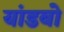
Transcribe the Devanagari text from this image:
यांडबो